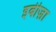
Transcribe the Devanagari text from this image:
इबीज़ा